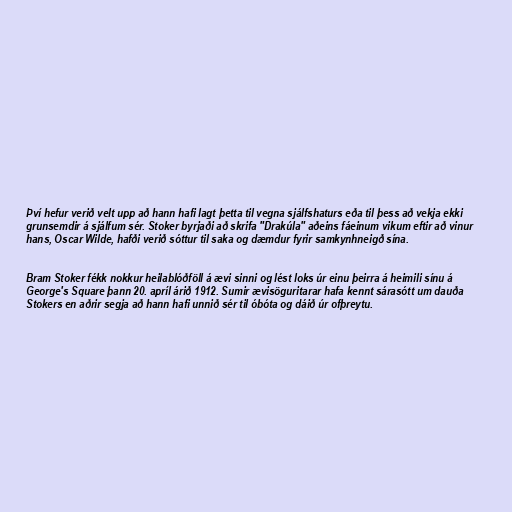
Því hefur verið velt upp að hann hafi lagt þetta til vegna sjálfshaturs eða til þess að vekja ekki
grunsemdir á sjálfum sér. Stoker byrjaði að skrifa "Drakúla" aðeins fáeinum vikum eftir að vinur
hans, Oscar Wilde, hafði verið sóttur til saka og dæmdur fyrir samkynhneigð sína.

Bram Stoker fékk nokkur heilablóðföll á ævi sinni og lést loks úr einu þeirra á heimili sínu á
George's Square þann 20. apríl árið 1912. Sumir ævisöguritarar hafa kennt sárasótt um dauða
Stokers en aðrir segja að hann hafi unnið sér til óbóta og dáið úr ofþreytu.